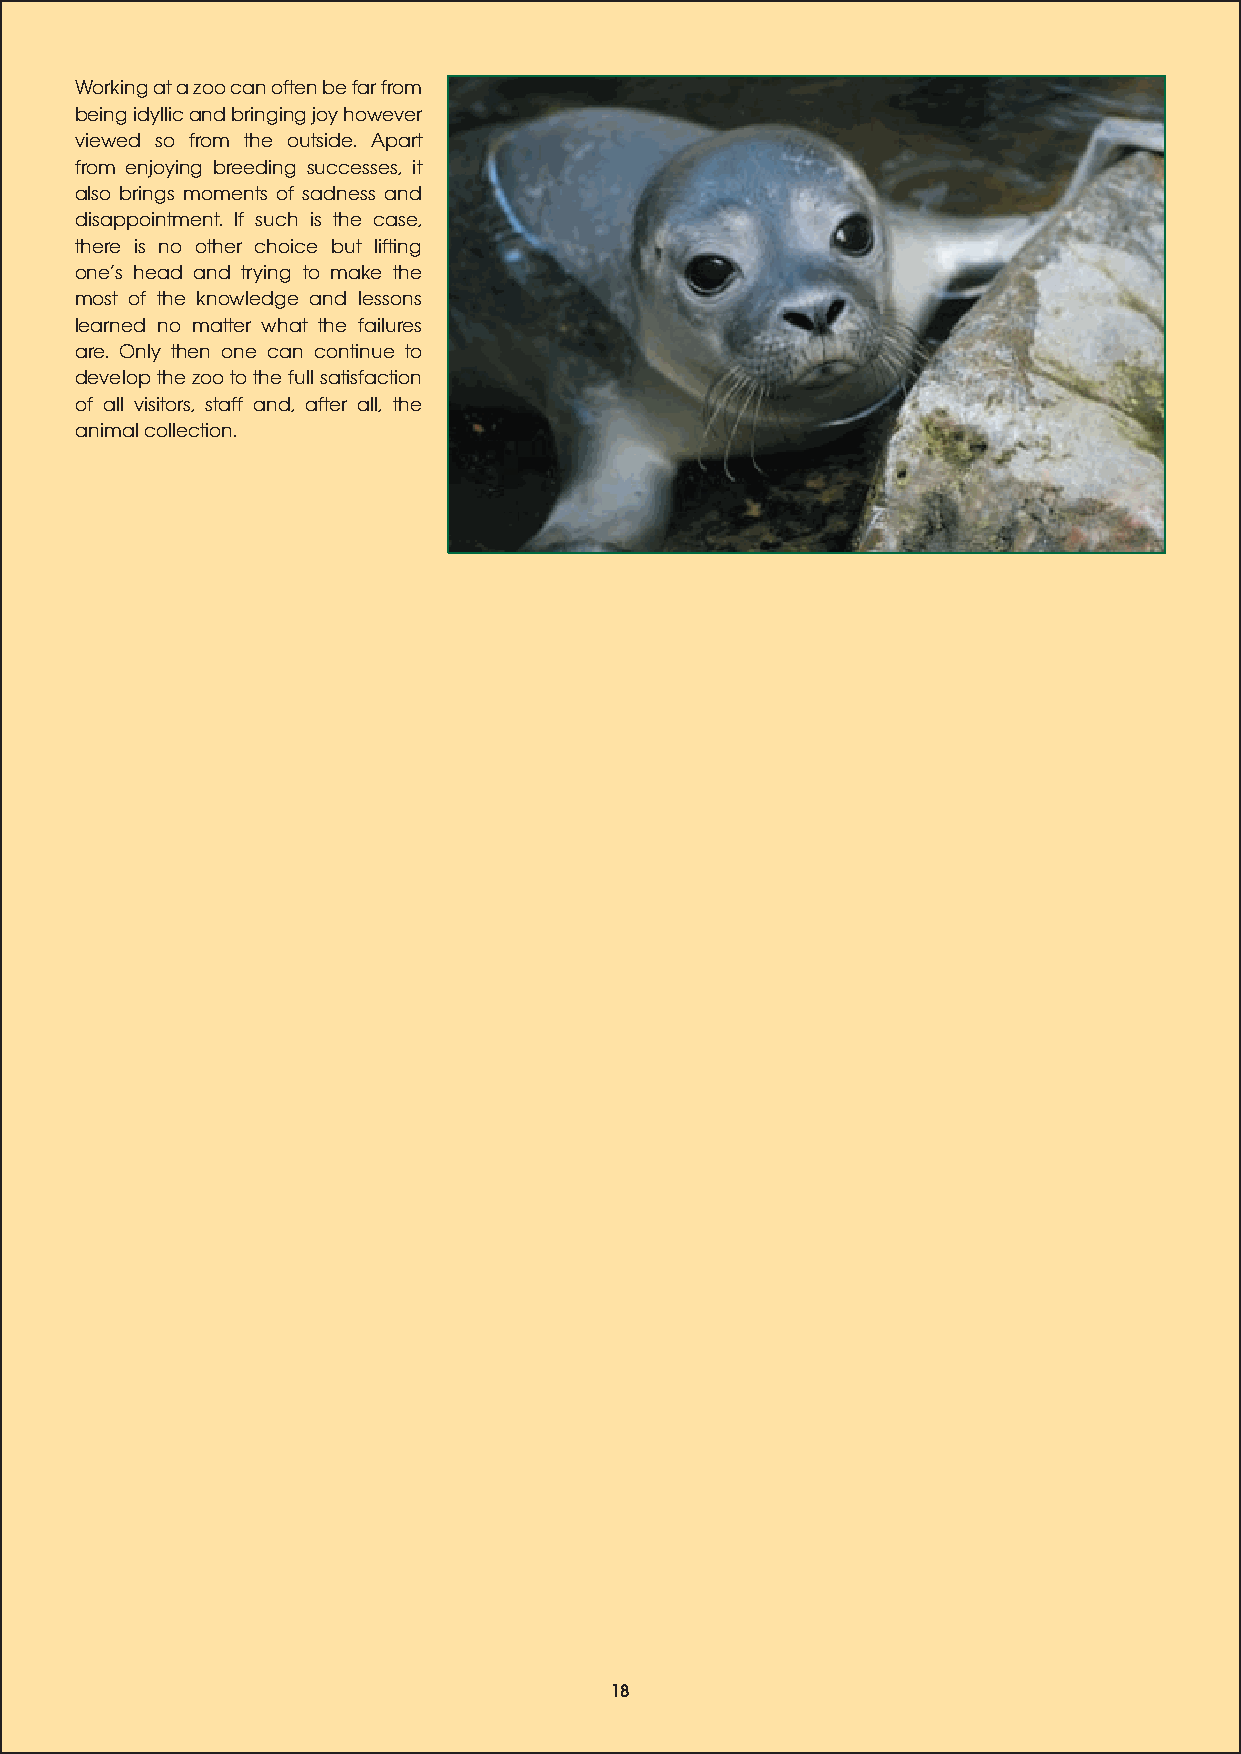
Working at a zoo can often be far from
 being idyllic and bringing joy however
 viewed so from the outside. Apart
 from enjoying breeding successes, it
 also brings moments of sadness and
 disappointment. If such is the case,
 there is no other choice but lifting
 ones head and trying to make the
 most of the knowledge and lessons
 learned no matter what the failures
 are. Only then one can continue to
 develop the zoo to the full satisfaction
 of all visitors, staff and, after all, the
 animal collection.
 18